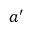
\boldsymbol { a ^ { \prime } }